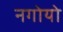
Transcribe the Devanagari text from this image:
नगोयो